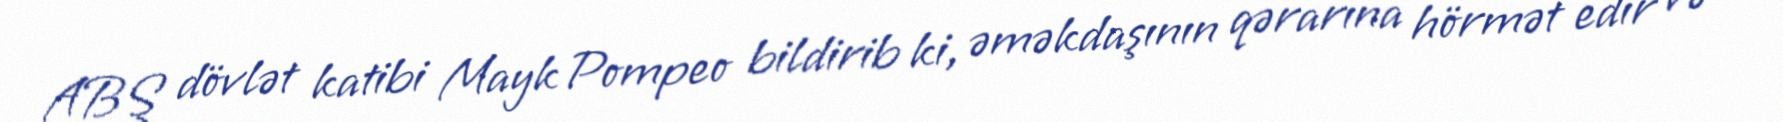
ABŞ dövlət katibi Mayk Pompeo bildirib ki, əməkdaşının qərarına hörmət edir və